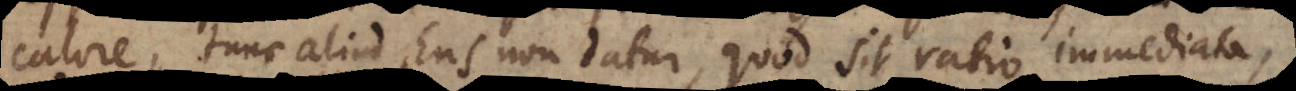
calore, tunc aliud Ens non datur, quod sit ratio immediata,